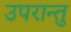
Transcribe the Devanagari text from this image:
उपरान्तु